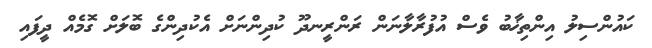
ކައުންސިލު އިންތިޚާބު ވެސް އުފުރާލާނަން ރަންރީނދޫ ކުދިންނަށް އެކުދިންގެ ބޮލަށް ގޮމެއް ދީފައި